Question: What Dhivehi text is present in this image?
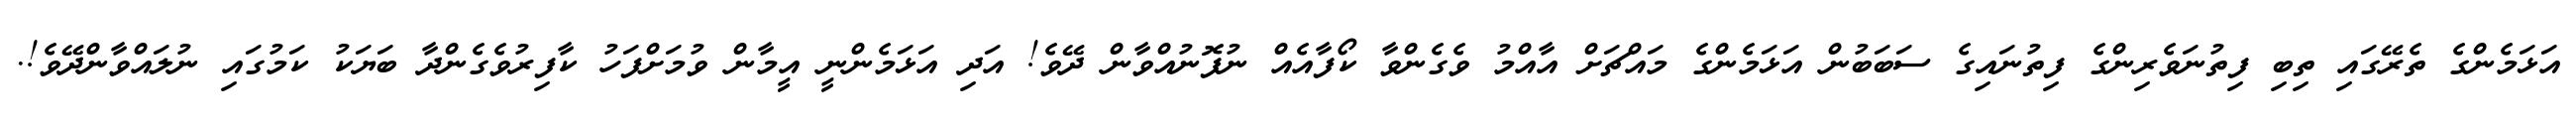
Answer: އަޅަމެންގެ ތެރޭގައި ތިބި ފިތުނަވެރިންގެ ފިތުނައިގެ ސަބަބުން އަޅަމެންގެ މައްޗަށް އާއްމު ވެގެންވާ ކޯފާއެއް ނުފޮނުއްވާން ދޭވެ! އަދި އަޅަމެންނީ އީމާން ވުމަށްފަހު ކާފިރުވެގެންދާ ބަޔަކު ކަމުގައި ނުލައްވާންދޭވެ!.